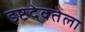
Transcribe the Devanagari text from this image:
इष्टदेवतेला